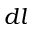
d l